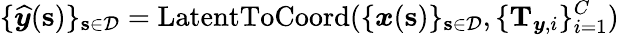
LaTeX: \{ \boldsymbol{{\widehat{y}}}(\mathbf{s})\} _{\mathbf{s}\in\mathcal{D}}=\operatorname{LatentToCoord}(\{ \boldsymbol{x}(\mathbf{s})\} _{\mathbf{s}\in\mathcal{D}},\{ \mathbf{T}_{\boldsymbol{y},i}\} _{i=1}^{C})